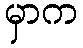
မှာက